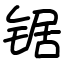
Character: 锯